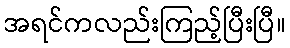
အရင်ကလည်းကြည့်ပြီးပြီ။